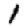
Digit: 1